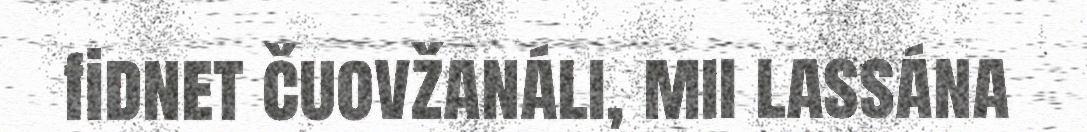
fidnet čuovžanáli, mii lassána